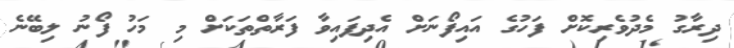
ދިރާގު މެދުވެރިކޮށް ފަހުގެ އައިފޯނަށް އެދިފައިވާ ފަރާތްތަކަށް މި މަހު ފޯނު ލިބޭނެ